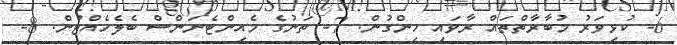
6- ކުޅިވަރު މުބާރާތްތައް ރާވައި ހިންގުން. 7- ތަނުގެ މެއިންޓެނަންސް ބެލެހެއްޓުން. 8-